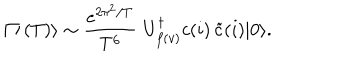
| \mathcal { T } ( T ) \rangle \sim \frac { e ^ { 2 \pi ^ { 2 } / T } } { T ^ { 6 } } \, \, U _ { f ( v ) } ^ { \dagger } c ( i ) \, \tilde { c } ( i ) | 0 \rangle .